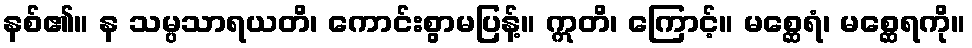
နစ်၏။ န သမ္ပသာရယတိ၊ ကောင်းစွာမပြန့်။ ဣတိ၊ ကြောင့်။ မစ္ဆေရံ၊ မစ္ဆေရကို။